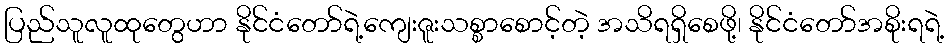
ပြည်သူလူထုတွေဟာ နိုင်ငံတော်ရဲ့ကျေးဇူးသစ္စာစောင့်တဲ့ အသိရရှိစေဖို့၊ နိုင်ငံတော်အစိုးရရဲ့